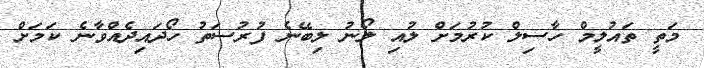
މަތީ ތައުލީމް ހާސިލް ކުރުމަށް ލުއި ލޯނު ލިބޭނެ ފުރުސަތު ހޯދައިދެއްވާނެ ކަމަށް